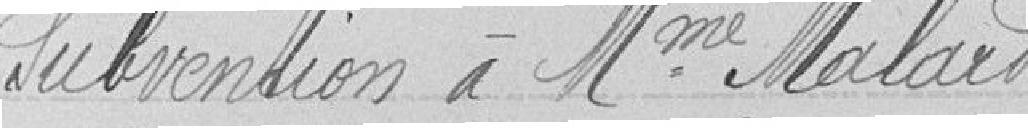
Subvention à Mme Malard.